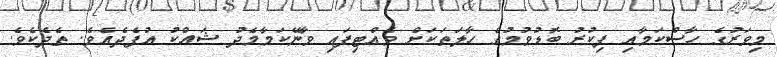
މިވަރުގެ ހާސްކަމާއި ފިކުރު ބޮޑުވުމުގެ ޙާލަތަކަށް ވެއްޓިފައި ވާނޭކަމާމެދު ޝައްކު އުފެދެއެވެ. ތެދެކެވެ.